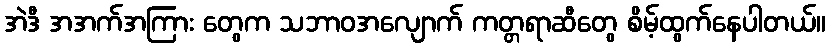
အဲဒီ အအက်အကြား တွေက သဘာဝအလျောက် ကတ္တရာဆီတွေ စိမ့်ထွက်နေပါတယ်။